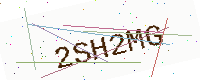
Text: 2SH2MG